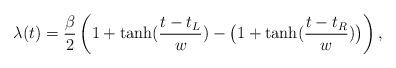
LaTeX: \begin{align*} \lambda(t) = \displaystyle\frac{\beta}{2} \left(1+ \tanh(\frac{t-t_L}{w}) - \big(1+ \tanh(\frac{t-t_R}{w})\big) \right) ,\end{align*}